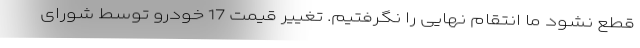
قطع نشود ما انتقام نهایی را نگرفتیم. تغییر قیمت 17 خودرو توسط شورای